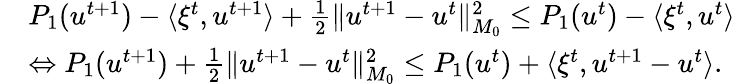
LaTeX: \begin{array}{rl}&{P_{1}(u^{t+1})-\langle\xi^{t},u^{t+1}\rangle+\frac{1}{2}\| u^{t+1}-u^{t}\| _{M_{0}}^{2}\leq P_{1}(u^{t})-\langle\xi^{t},u^{t}\rangle}\\ &{\Leftrightarrow P_{1}(u^{t+1})+\frac{1}{2}\| u^{t+1}-u^{t}\| _{M_{0}}^{2}\leq P_{1}(u^{t})+\langle\xi^{t},u^{t+1}-u^{t}\rangle.}\end{array}